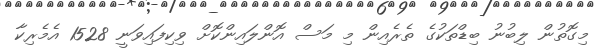
މިގޮތުން ލިބުނު ބިޑްތަކުގެ ތެރެއިން މި މަސް އޮންލައިންކޮށް ވިކިފައިވަނީ 1528 އެމެރިކާ